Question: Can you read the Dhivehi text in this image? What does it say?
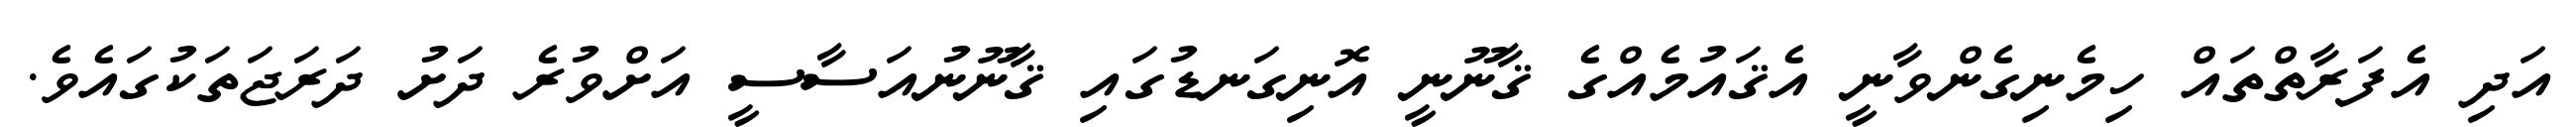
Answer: އަދި އެފަރާތްތައް ހިމެނިގެންވާނީ އެޤައުމެއްގެ ޤާނޫނީ އޮނިގަނޑުގައި ޤާނޫނުއަސާސީ އަށްވުރެ ދަށު ދަރަޖަތަކުގައެވެ.